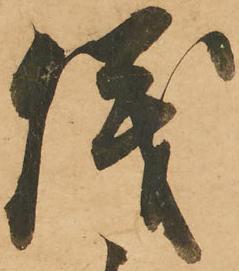
儀